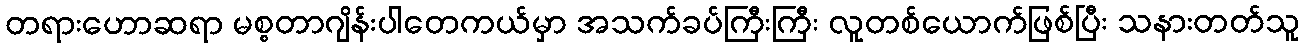
တရားဟောဆရာ မစ္စတာဂျိန်းပါတေကယ်မှာ အသက်ခပ်ကြီးကြီး လူတစ်ယောက်ဖြစ်ပြီး သနားတတ်သူ